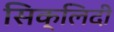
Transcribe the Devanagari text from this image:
सिक्लिदी